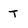
Character: T